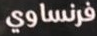
فرنساوي